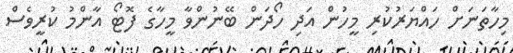
މިހާތަނަށް ހައްޔަރުކުރި މީހުން އަދި ހޯދަން ބޭނުންވާ މީހާގެ ފޮޓޯ އާންމު ކުރީވެސް